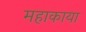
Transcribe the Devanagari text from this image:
महाकाया